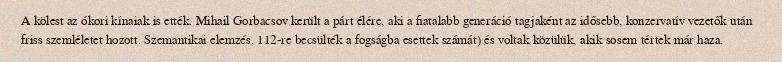
A kölest az ókori kínaiak is ették. Mihail Gorbacsov került a párt élére, aki a fiatalabb generáció tagjaként az idősebb, konzervatív vezetők után friss szemléletet hozott. Szemantikai elemzés. 112-re becsülték a fogságba esettek számát) és voltak közülük, akik sosem tértek már haza.